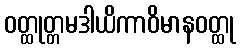
ဝတ္ထုတ္တမဒါယိကာဝိမာနဝတ္ထု